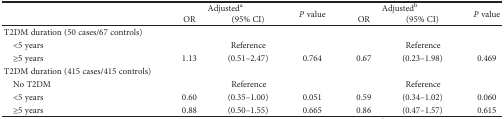
<table><thead><tr><td rowspan="2"></td><td colspan="2"><b>Adjusted<sup>a</sup></b></td><td rowspan="2"><b><i>P</i> value</b></td><td colspan="2"><b>Adjusted<sup>b</sup></b></td><td rowspan="2"><b><i>P</i> value</b></td></tr><tr><td><b>OR</b></td><td><b>(95% CI)</b></td><td><b>OR</b></td><td><b>(95% CI)</b></td></tr></thead><tbody><tr><td>T2DM duration (50 cases/67 controls)</td><td> </td><td> </td><td> </td><td> </td><td> </td><td> </td></tr><tr><td> &lt;5 years</td><td colspan="3">Reference</td><td colspan="3">Reference</td></tr><tr><td> ≥5 years</td><td>1.13</td><td>(0.51–2.47)</td><td>0.764</td><td>0.67</td><td>(0.23–1.98)</td><td>0.469</td></tr><tr><td>T2DM duration (415 cases/415 controls)</td><td> </td><td> </td><td> </td><td> </td><td> </td><td> </td></tr><tr><td> No T2DM</td><td colspan="3">Reference</td><td colspan="3">Reference</td></tr><tr><td> &lt;5 years</td><td>0.60</td><td>(0.35–1.00)</td><td>0.051</td><td>0.59</td><td>(0.34–1.02)</td><td>0.060</td></tr><tr><td> ≥5 years</td><td>0.88</td><td>(0.50–1.55)</td><td>0.665</td><td>0.86</td><td>(0.47–1.57)</td><td>0.615</td></tr></tbody></table>